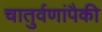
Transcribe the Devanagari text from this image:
चातुर्वणांपैकी